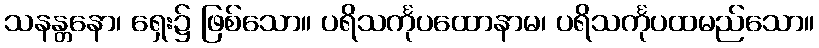
သနန္တနော၊ ရှေး၌ ဖြစ်သော။ ပရိသင်္ကုပထောနာမ၊ ပရိသင်္ကုပထမည်သော။